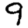
Digit: 9